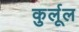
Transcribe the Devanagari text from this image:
कुर्लूल